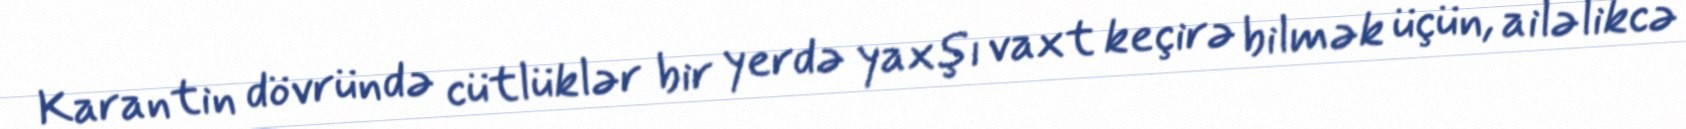
Karantin dövründə cütlüklər bir yerdə yaxşı vaxt keçirə bilmək üçün, ailəlikcə